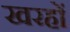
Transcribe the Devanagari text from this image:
खरहों